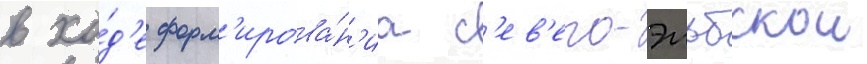
в хо́д'е форм'ирова́н'иа с'ев'еро-эльбскои